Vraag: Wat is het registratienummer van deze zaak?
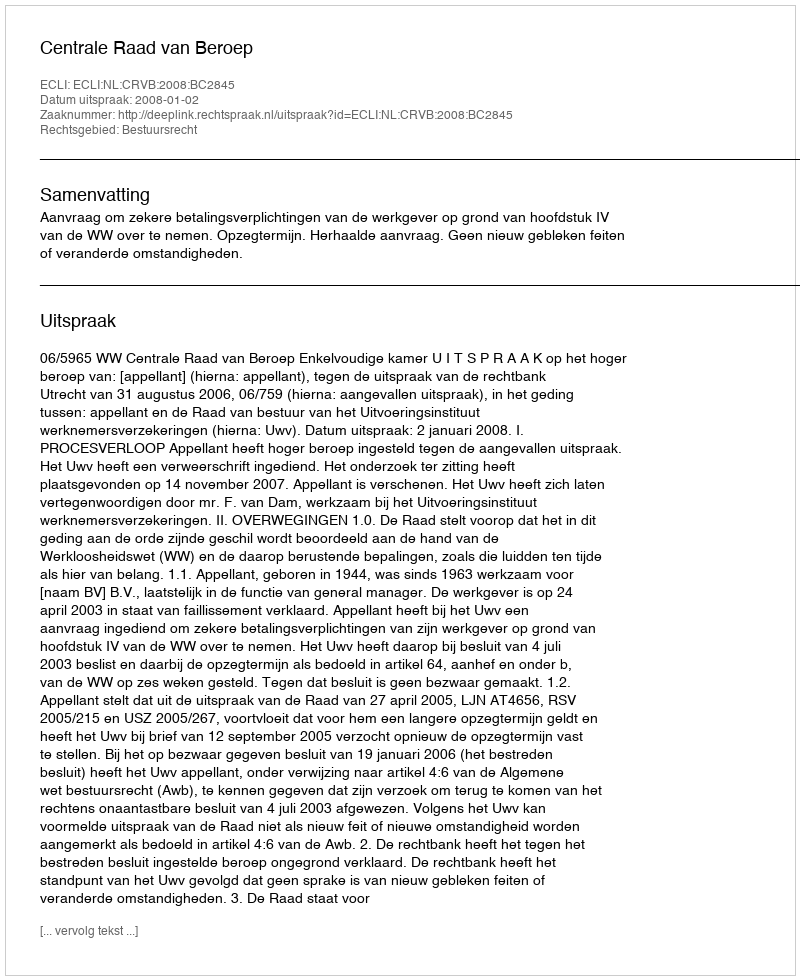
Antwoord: http://deeplink.rechtspraak.nl/uitspraak?id=ECLI:NL:CRVB:2008:BC2845